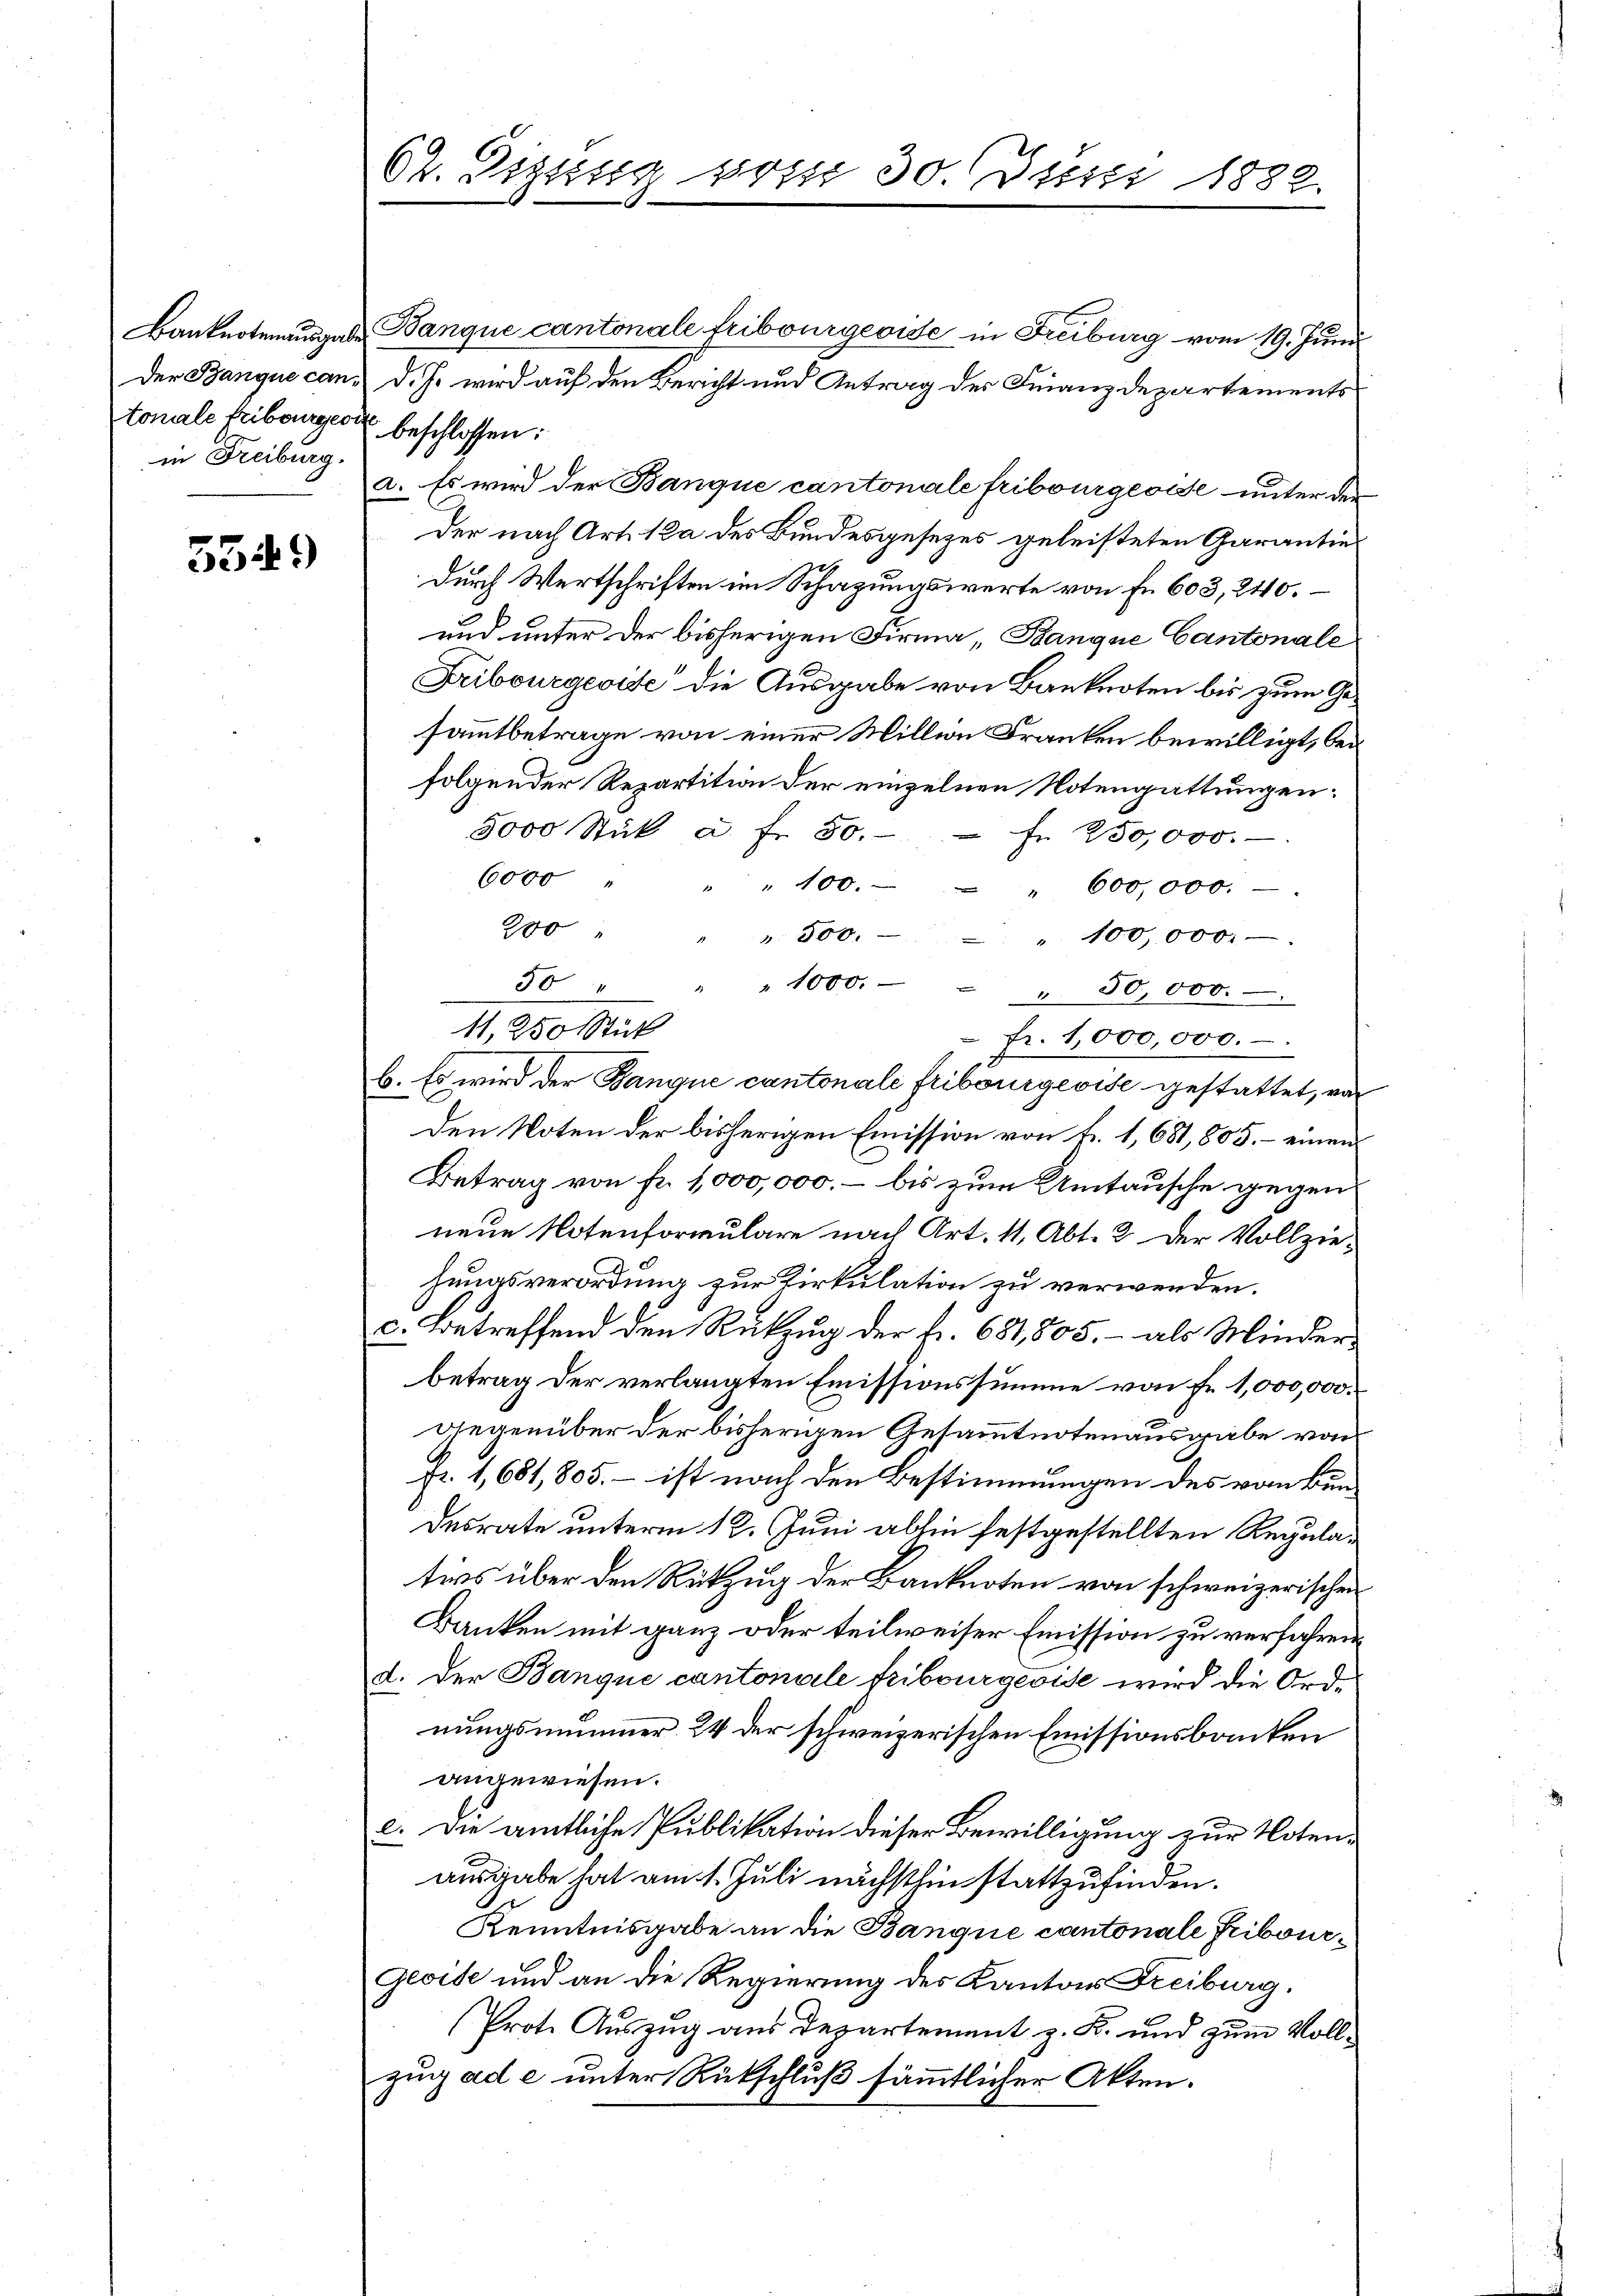
tonale beiberges beschlossen:
in Freiburg.

5549

62. Sizung vom 30. Junii 1882.

11, 250 Stück

Banknotenausgabe Banque cantonale Fribourgeoise in Freiburg vom 19. Juni
Der Banque can. d. J. wird auf den Bericht und Antrag der Finanzdepartements
a. Es wird der Banque cantonale Fribourgeoise unter der
der nach Art. 12 des Bundesgesezes geleisteten Garantie
durch Wertschriften im Schazungswerte von Fr. 603, 240.
und unter der bisherigen Firma „Banque Cantonale
Fribourgeoise die Ausgabe von Banknoten bis zum Gesammtbetrage von einer Million Franken bewilligt, bei
folgender Repartition der einzelnen Notengattungen:
8000 Stück a. fr. 50. fr. 250,000.-
6000
" " 100.
" 600,000.
200
" " 300.
" 100,000.
50 " " " 1000.
 50,000.
 fr. 1,000,000.
b. Es wird der Banque cantonale Fribourgeoise gestattet, vor
Den Noten der bisherigen Emission von Fr. 1,681, 805. – einen
Betrag von fr. 1,000,000. – bis zum Umtausche gegen
neue Notenformulare nach Art. 11, Abt. 2 der Vollziehungsverordnung zur Kirkulation zu verwenden.
c. Betreffend den Rükzug der Fr. 681,505. - als Minderbetrag der verlangten Emissionssumme von Fr. 1,000,000.
gegenüber der bisherigen Gesammtnotenausgabe von
fr. 1,681,805. – ist nach den Bestimmungen des vom Ben
desrate unterm 12. Juni abhin festgestellten Regulativs über den Rükzug der Banknoten von schweizerischen
Banken mit ganz oder teilweiser Emission zu verfahren
d. Der Banque cantonale Fribourgeoise wird die Ordnungsnummer 24 der schweizerischen Emissionsbanken
angewiesen.
2. Die amtliche Publikation dieser Bewilligung zur Noten-
ausgabe hat am 1. Juli nächsthin stattzufinden.
Kenntnisgabe an die Banque cantonale Fribourggeoise und an die Regierung des Kantons Freiburg.
Prote Auszug aus Departement z. B. und zum Vollzug ad e unter Rückschluß sämmtlicher Akten.